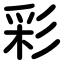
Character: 彩